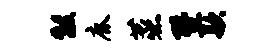
黻鹿蒸暨款